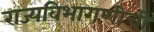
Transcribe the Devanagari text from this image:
राज्यविभागणीची